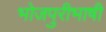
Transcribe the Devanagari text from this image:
भोजपुरीभाषी